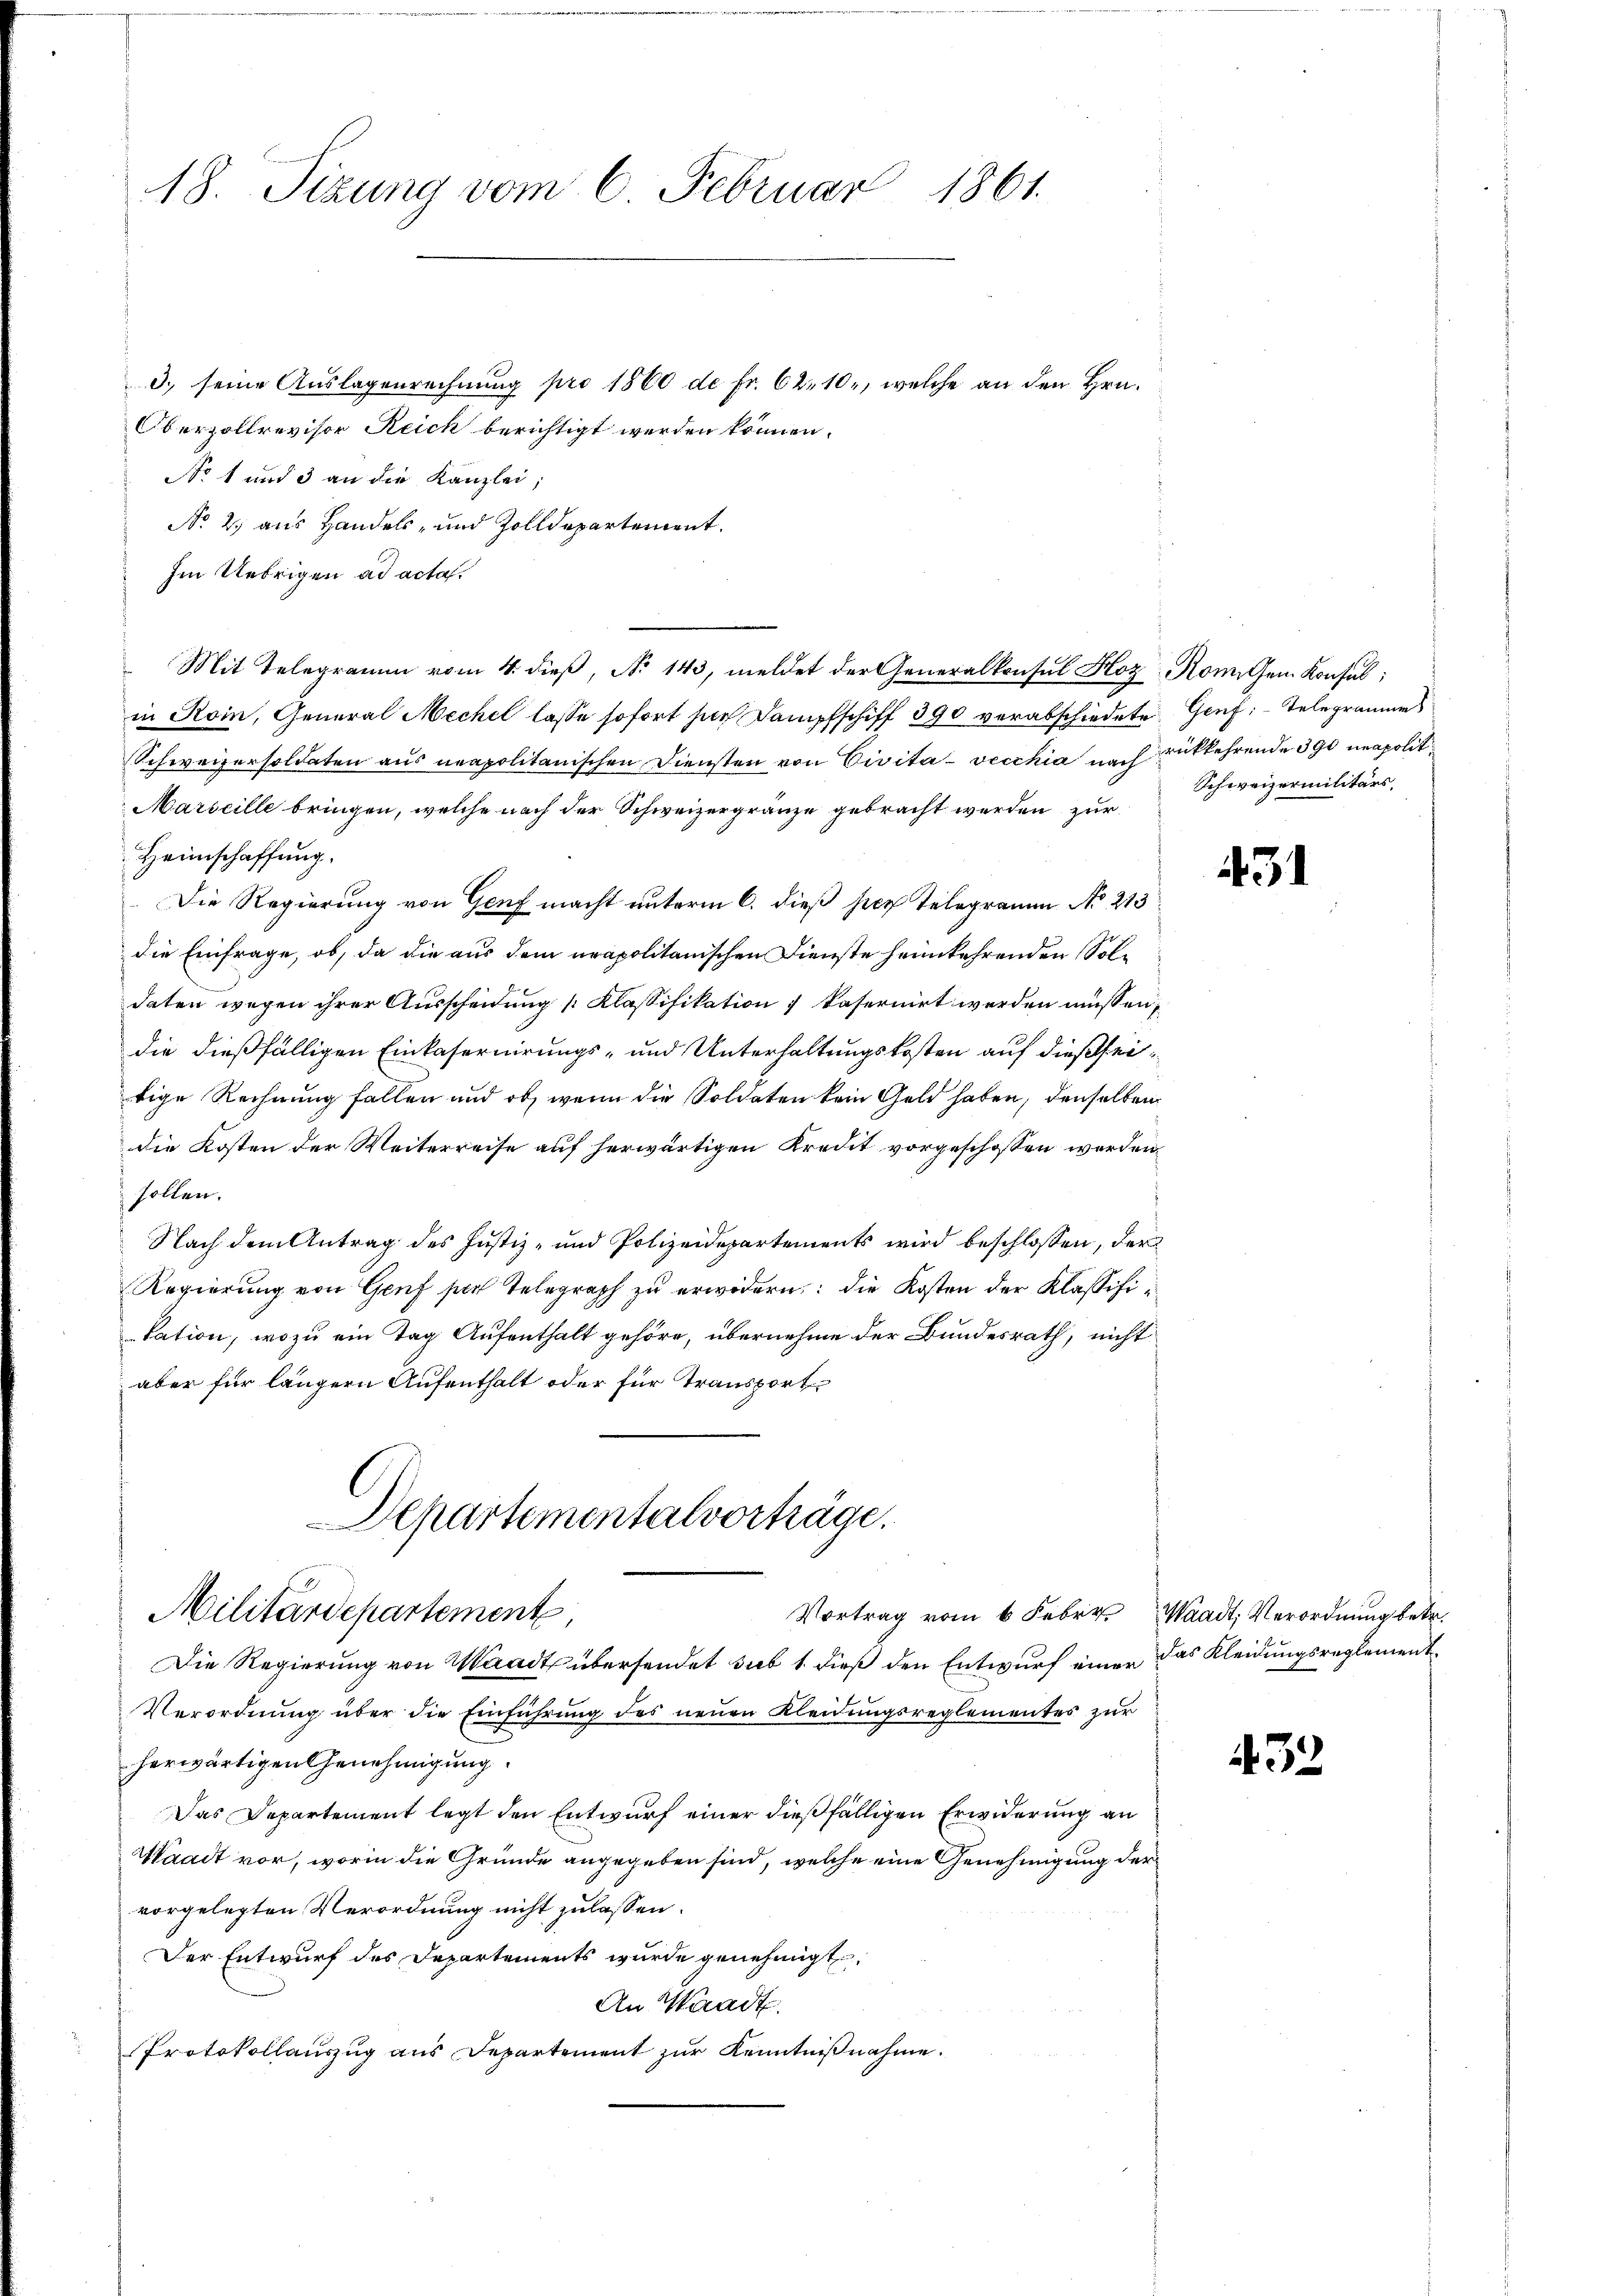
18. Sizung vom 6. Februar 1861.

3. seine Auslagenrechnung pro 1860 de Fr. 62, 10., welche an den Hrn.
Oberzollrevisor Reich berichtigt werden können.
No 1 und 3 an die Kanzlei,
No. 2. aus Handels- und Zolldepartement.
Im Uebrigen ad acta.
Mit Telegramm vom 4. dieß, No 143, meldet der Generalkonsul Hoz Rom gem Konsul
in Koin, General Mechel lasse sofort sich Kampfschiff 390 verabschiedete Genf; Telegrammers
Schweizersoldaten aus neapolitanischen Diensten von Civita vecchia nach rükkehrende 390 neapolit
Marseille bringen, welche nach der Schweizergränze gebracht werden zur
Heimschaffung.
Die Regierung von Genf macht unterm 6. dieß her Telegramm No 213
die Einfrage, ob, da die aus dem neapolitanischen Dienste heimkehrenden Soldaten wegen ihrer Ausscheidung Klassifikation 7 kasernirt werden müssen,
die dießfälligen Einkaseruirungs- und Unterhaltungskosten auf dießseitige Rechnung fallen und ob, wenn die Soldaten kein Geld haben, denselben
die Kosten der Weiterreise auf herwärtigen Kredit vorgeschossen worden.
 sollen.
Nach dem Antrag des Justiz- und Polizeidepartements wird beschlossen, der
Regierung von Genf sich Telegraph zu erwidern: die Kosten der Klassifikation, wozu ein Tag Aufenthalt gehöre, übernehme der Bundesrath, nicht
aber für längern Aufenthalt oder für Transport
Departementalvorträge.
Vortrag vom 6. Febr. Waadt, Verordnung betr.
Militärdepartement
Die Regierung von Waadt übersendet sub 1. dieß den Entwurf einer das Kleidungsreglement¬
Verordnung über die Einführung des neuen Kleidungsreglementes zur
herwärtigen Genehmigung.
Das Departement legt den Entwurf einer dießfälligen Erwiderung an
Waadt vor, worin die Gründe angegeben sind, welche eine Genehmigung der
vorgelegten Verordnung nicht zulassen.
Der Entwurf des Departements wurde genehmigt
An Waadt.
Protokollauszug aus Departement zur Kenntnißnahme.

Schweizermilitärs,

431

432